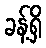
ခန့်ရှိ